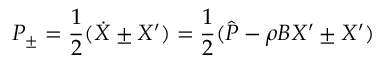
P _ { \pm } = \frac { 1 } { 2 } ( \dot { X } \pm X ^ { \prime } ) = \frac { 1 } { 2 } ( \hat { P } - \rho B X ^ { \prime } \pm X ^ { \prime } )